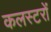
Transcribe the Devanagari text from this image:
कलस्टरों